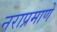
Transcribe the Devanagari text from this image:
नराप्रमाणे